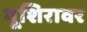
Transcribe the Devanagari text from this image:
भूशिरावर